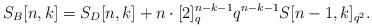
LaTeX: \begin{align*} S_B[n,k] = S_D[n,k]+n\cdot[2]_q^{n-k-1}q^{n-k-1}S[n-1,k]_{q^2}.\end{align*}